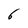
Character: 6